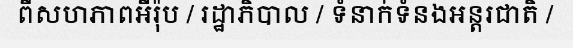
ពីសហភាពអឺរ៉ុប / រដ្ឋាភិបាល / ទំនាក់ទំនងអន្តរជាតិ /